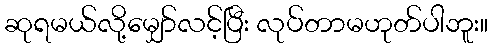
ဆုရမယ်လို့မျှော်လင့်ပြီး လုပ်တာမဟုတ်ပါဘူး။